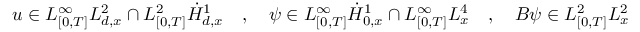
u \in L _ { [ 0 , T ] } ^ { \infty } L _ { d , x } ^ { 2 } \cap L _ { [ 0 , T ] } ^ { 2 } \dot { H } _ { d , x } ^ { 1 } \quad , \quad \psi \in L _ { [ 0 , T ] } ^ { \infty } \dot { H } _ { 0 , x } ^ { 1 } \cap L _ { [ 0 , T ] } ^ { \infty } L _ { x } ^ { 4 } \quad , \quad B \psi \in L _ { [ 0 , T ] } ^ { 2 } L _ { x } ^ { 2 }